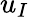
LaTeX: u_{I}